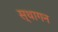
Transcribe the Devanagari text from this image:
स्थागन